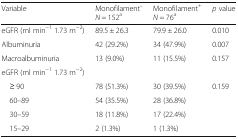
<table><thead><tr><td><b>Variable</b></td><td><b>Monofilament ̄<i>N</i> = 152<sup>a</sup></b></td><td><b>Monofilament<sup>+</sup><i>N</i> = 76<sup>a</sup></b></td><td><b><i>p</i> value</b></td></tr></thead><tbody><tr><td>eGFR (ml min<sup>−1</sup> 1.73 m<sup>−2</sup>)</td><td>89.5 ± 26.3</td><td>79.9 ± 26.0</td><td>0.010</td></tr><tr><td>Albuminuria</td><td>42 (29.2%)</td><td>34 (47.9%)</td><td>0.007</td></tr><tr><td>Macroalbuminuria</td><td>13 (9.0%)</td><td>11 (15.5%)</td><td>0.157</td></tr><tr><td>eGFR (ml min<sup>−1</sup> 1.73 m<sup>−2</sup>)</td><td></td><td></td><td></td></tr><tr><td> ≥ 90</td><td>78 (51.3%)</td><td>30 (39.5%)</td><td>0.159</td></tr><tr><td> 60–89</td><td>54 (35.5%)</td><td>28 (36.8%)</td><td></td></tr><tr><td> 30–59</td><td>18 (11.8%)</td><td>17 (22.4%)</td><td></td></tr><tr><td> 15–29</td><td>2 (1.3%)</td><td>1 (1.3%)</td><td></td></tr></tbody></table>